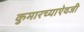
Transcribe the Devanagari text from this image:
कुमारच्याऐवजी